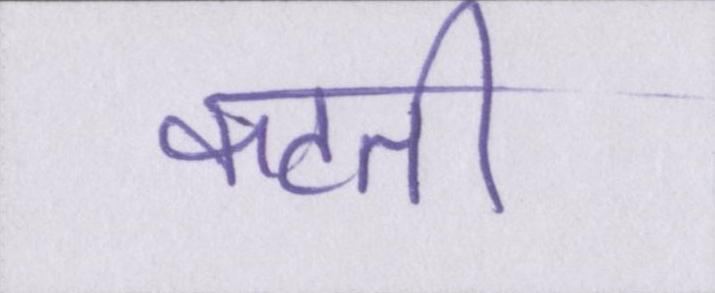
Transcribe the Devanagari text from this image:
कटती